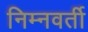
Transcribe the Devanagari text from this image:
निम्नवर्ती